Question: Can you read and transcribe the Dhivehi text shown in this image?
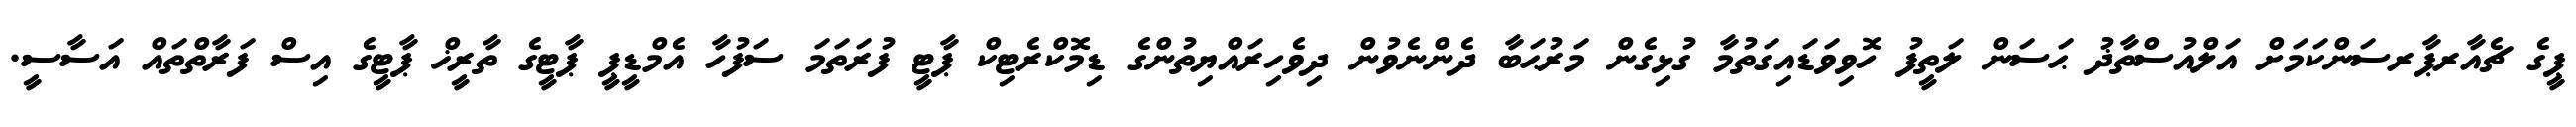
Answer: ޕީގެ ޗެއާރޕާރސަންކަމަށް އަލްއުސްތާޛު ޙަސަން ލަތީފު ހޮވިވަޑައިގަތުމާ ގުޅިގެން މަރުޙަބާ ދެންނެވުން ދިވެހިރައްޔިތުންގެ ޑިމޮކްރެޓިކް ޕާޓީ ފުރަތަމަ ސަފުހާ އެމްޑީޕީ ޕާޓީގެ ތާރީޚް ޕާޓީގެ އިސް ފަރާތްތައް އަސާސީ.